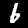
Digit: 6